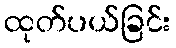
ထုတ်ပယ်ခြင်း